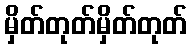
မှိတ်တုတ်မှိတ်တုတ်